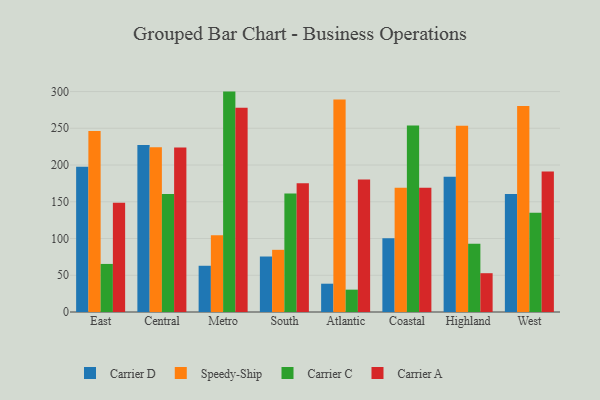
{"axis": {"x": "Region", "y": "Humidity (%)"}, "legend": ["Carrier A", "Carrier C", "Carrier D", "Speedy-Ship"], "data": [{"x": "East", "y": 197.7, "type": "Carrier D"}, {"x": "East", "y": 246.4, "type": "Speedy-Ship"}, {"x": "East", "y": 65.4, "type": "Carrier C"}, {"x": "East", "y": 148.7, "type": "Carrier A"}, {"x": "Central", "y": 227.4, "type": "Carrier D"}, {"x": "Central", "y": 224.2, "type": "Speedy-Ship"}, {"x": "Central", "y": 160.4, "type": "Carrier C"}, {"x": "Central", "y": 223.9, "type": "Carrier A"}, {"x": "Metro", "y": 62.9, "type": "Carrier D"}, {"x": "Metro", "y": 104.5, "type": "Speedy-Ship"}, {"x": "Metro", "y": 299.9, "type": "Carrier C"}, {"x": "Metro", "y": 278.0, "type": "Carrier A"}, {"x": "South", "y": 75.5, "type": "Carrier D"}, {"x": "South", "y": 84.6, "type": "Speedy-Ship"}, {"x": "South", "y": 161.3, "type": "Carrier C"}, {"x": "South", "y": 175.1, "type": "Carrier A"}, {"x": "Atlantic", "y": 38.5, "type": "Carrier D"}, {"x": "Atlantic", "y": 289.3, "type": "Speedy-Ship"}, {"x": "Atlantic", "y": 30.4, "type": "Carrier C"}, {"x": "Atlantic", "y": 180.3, "type": "Carrier A"}, {"x": "Coastal", "y": 100.2, "type": "Carrier D"}, {"x": "Coastal", "y": 169.1, "type": "Speedy-Ship"}, {"x": "Coastal", "y": 253.8, "type": "Carrier C"}, {"x": "Coastal", "y": 169.0, "type": "Carrier A"}, {"x": "Highland", "y": 184.0, "type": "Carrier D"}, {"x": "Highland", "y": 253.3, "type": "Speedy-Ship"}, {"x": "Highland", "y": 93.0, "type": "Carrier C"}, {"x": "Highland", "y": 52.8, "type": "Carrier A"}, {"x": "West", "y": 160.6, "type": "Carrier D"}, {"x": "West", "y": 280.2, "type": "Speedy-Ship"}, {"x": "West", "y": 135.0, "type": "Carrier C"}, {"x": "West", "y": 191.1, "type": "Carrier A"}]}